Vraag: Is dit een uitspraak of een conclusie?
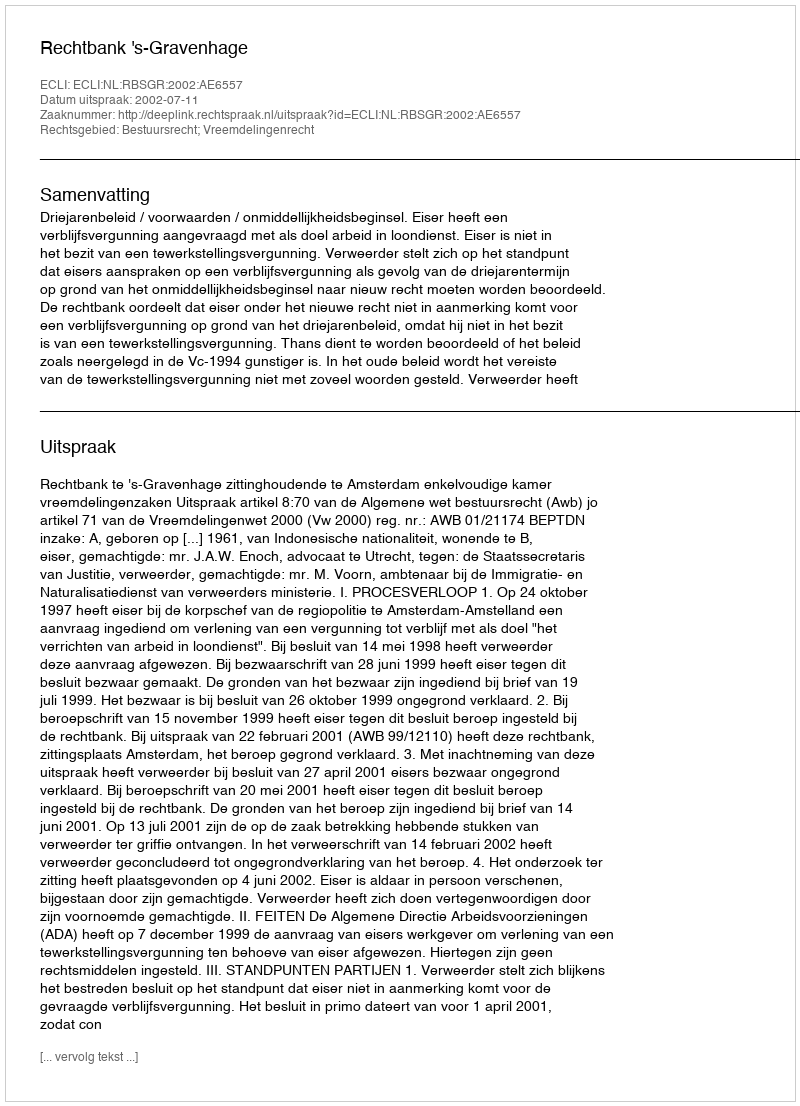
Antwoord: Uitspraak